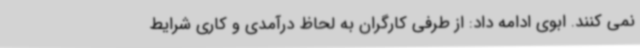
نمی کنند. ابوی ادامه داد: از طرفی کارگران به لحاظ درآمدی و کاری شرایط